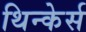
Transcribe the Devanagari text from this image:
थिन्केर्स